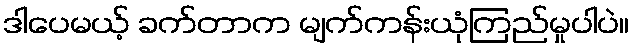
ဒါပေမယ့် ခက်တာက မျက်ကန်းယုံကြည်မှုပါပဲ။